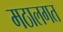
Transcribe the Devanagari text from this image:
मठालगत